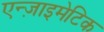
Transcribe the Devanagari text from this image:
एन्ज़ाइमेटिक